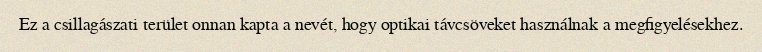
Ez a csillagászati terület onnan kapta a nevét, hogy optikai távcsöveket használnak a megfigyelésekhez.